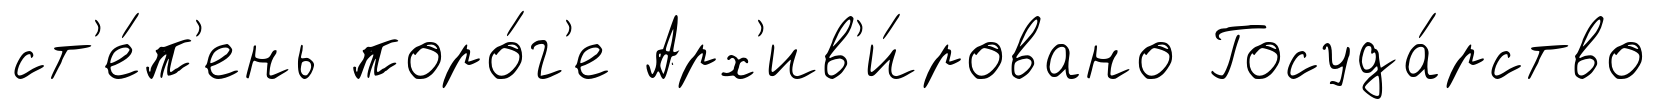
ст'е́п'ень поро́г'е Арх'ив'и́ровано Госуда́рство